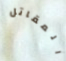
المقاتل